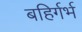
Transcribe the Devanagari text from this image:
बहिर्गर्भ